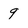
Character: 9